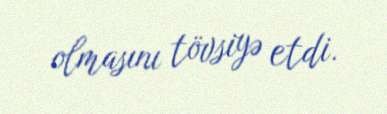
olmasını tövsiyə etdi.